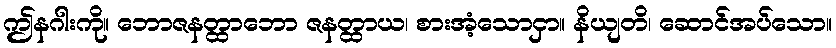
ဤနဂါးကို။ ဘောဇနတ္ထာဘော ဇနတ္ထာယ၊ စားအံ့သောငှာ။ နိယျတိ၊ ဆောင်အပ်သော။